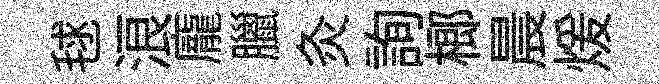
毬浪龐臘灸詢榔晨煖